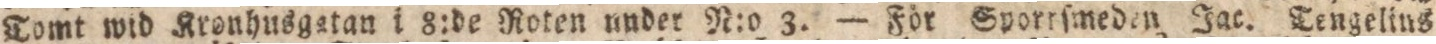
Tomt wid Kronhusgetan i 8:de Roten under N:o 3. — För Sporrſmeden Jac. Tengelins